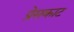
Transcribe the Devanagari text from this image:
प्रेसकाट